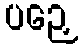
ပဉှေ